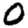
Digit: 0